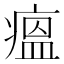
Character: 瘟